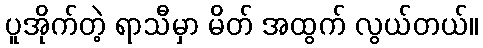
ပူအိုက်တဲ့ ရာသီမှာ မိတ် အထွက် လွယ်တယ်။